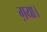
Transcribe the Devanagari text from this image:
ग़या।